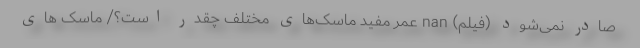
صادر نمی‌شود (فیلم) nan عمر مفید ماسک‌های مختلف چقدر است؟/ ماسک های